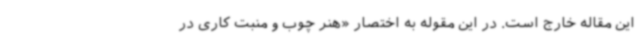
این مقاله خارج است. در این مقوله به اختصار «هنر چوب و منبت کاری در